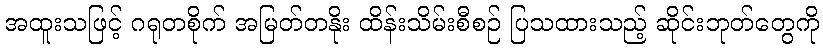
အထူးသဖြင့် ဂရုတစိုက် အမြတ်တနိုး ထိန်းသိမ်းစီစဉ် ပြသထားသည့် ဆိုင်းဘုတ်တွေကို